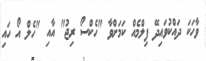
ވާހަކަ ދައްކުވައިދޭ ފިލްމެއް ކަމަށްވާ "ހެކްސޯ ރިޖު" އާއި "ހެލް އޯ ހައި